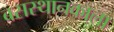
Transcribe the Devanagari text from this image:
बसस्थानकाला